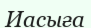
Иасыға